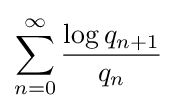
\sum _{n=0}^{\infty }{\frac {\log q_{n+1}}{q_{n}}}